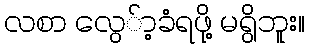
လစာ လွေ်ာ့ခံရဖို့ မရွိဘူး။